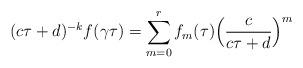
LaTeX: \begin{align*}(c\tau + d)^{-k} f(\gamma \tau) = \sum_{m=0}^r f_m(\tau) \Big(\frac{c}{c\tau+d}\Big)^m\end{align*}